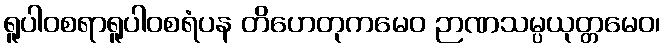
ရူပါဝစရာရူပါဝစရံပန တိဟေတုကမေဝ ဉာဏသမ္ပယုတ္တမေဝ၊